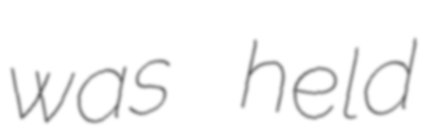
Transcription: was held